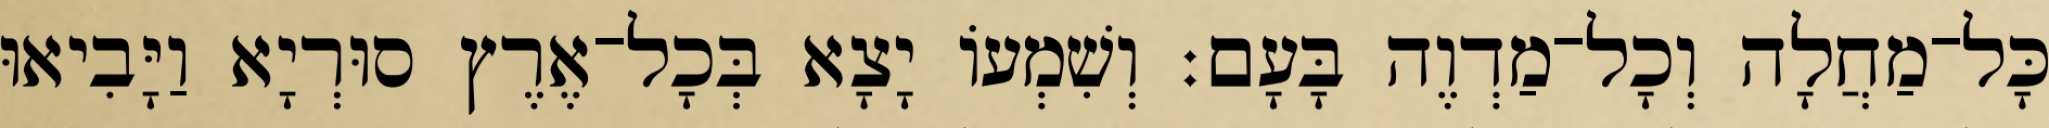
כָּל־מַחֲלָה וְכָל־מַדְוֶה בָּעָם׃ וְשִׁמְעוֹ יָצָא בְּכָל־אֶרֶץ סוּרְיָא וַיָּבִיאוּ